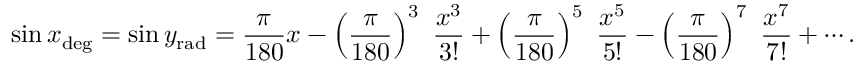
\sin x _ { \mathrm { d e g } } = \sin y _ { \mathrm { r a d } } = { \frac { \pi } { 1 8 0 } } x - \left( { \frac { \pi } { 1 8 0 } } \right) ^ { 3 } \ { \frac { x ^ { 3 } } { 3 ! } } + \left( { \frac { \pi } { 1 8 0 } } \right) ^ { 5 } \ { \frac { x ^ { 5 } } { 5 ! } } - \left( { \frac { \pi } { 1 8 0 } } \right) ^ { 7 } \ { \frac { x ^ { 7 } } { 7 ! } } + \cdots .